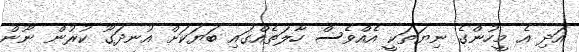
އަދި އެ މީހުންގެ ނިޔަތަކީ އެއްވެސް ހާލަތެއްގައި ބަޔަކަށް އުނދަގޫ ކުރުން ނޫން